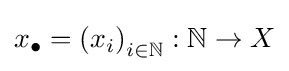
x_{\bullet }=\left(x_{i}\right)_{i\in \mathbb {N} }:\mathbb {N} \to X